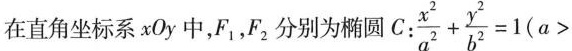
在直角坐标系xOy中，F_{1}，F_{2}分别为椭圆C:$$\frac { x ^ { 2 } } { a ^ { 2 } } +